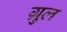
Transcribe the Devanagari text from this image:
ग्रुल